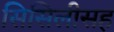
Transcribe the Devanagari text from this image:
सिसिलीसह